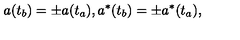
a ( t _ { b } ) = \pm a ( t _ { a } ) , a ^ { * } ( t _ { b } ) = \pm a ^ { * } ( t _ { a } ) ,